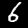
Digit: 6